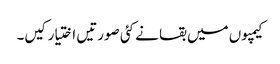
کیمپوں میں بقا نے کئی صورتیں اختیار کیں۔